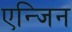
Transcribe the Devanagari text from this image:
एन्जिन